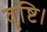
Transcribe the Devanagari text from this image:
वृष्टि।